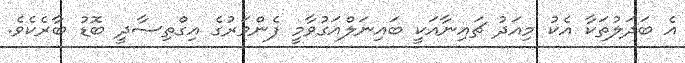
އެ ބަދަލުތަކާ އެކު މިއަދު ޗައިނާއަކީ ބައިނަލްއަގުވާމީ ފެންވަރުގެ އިގްތިސާދީ ބޮޑު ބާރެކެވެ.